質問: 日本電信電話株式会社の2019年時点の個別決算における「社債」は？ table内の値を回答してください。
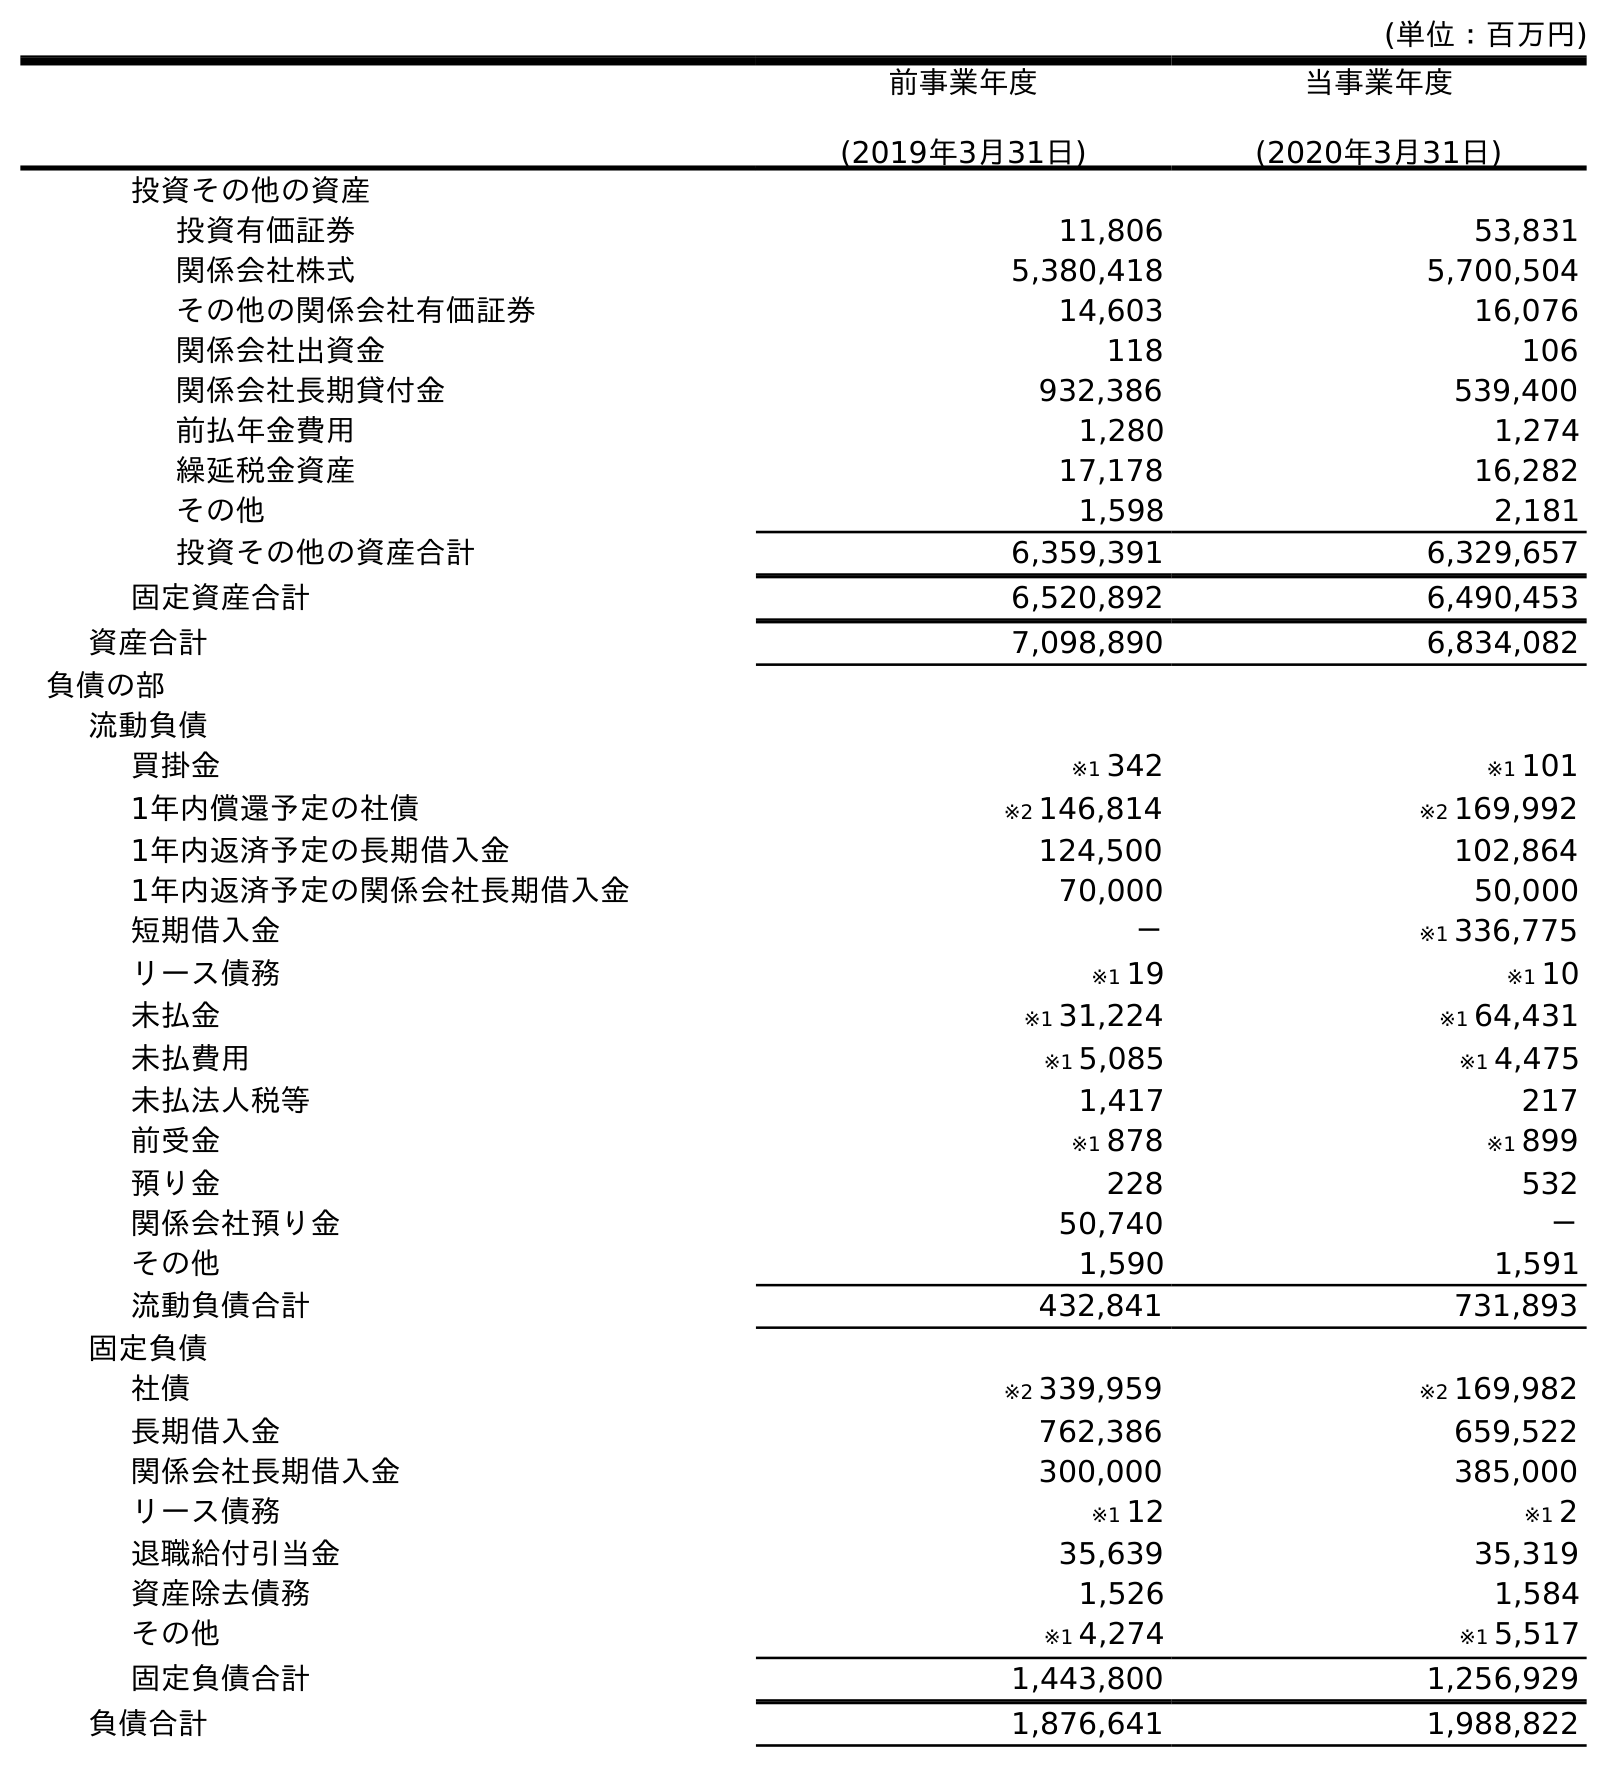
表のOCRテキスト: (単位：百万円) 前事業年度 (2019年3月31日) 当事業年度 (2020年3月31日) 投資その他の資産 投資有価証券 11,806 53,831 関係会社株式 5,380,418 5,700,504 その他の関係会社有価証券 14,603 16,076 関係会社出資金 118 106 関係会社長期貸付金 932,386 539,400 前払年金費用 1,280 1,274 繰延税金資産 17,178 16,282 その他 1,598 2,181 投資その他の資産合計 6,359,391 6,329,657 固定資産合計 6,520,892 6,490,453 資産合計 7,098,890 6,834,082 負債の部 流動負債 買掛金 ※1 342 ※1 101 1年内償還予定の社債 ※2 146,814 ※2 169,992 1年内返済予定の長期借入金 124,500 102,864 1年内返済予定の関係会社長期借入金 70,000 50,000 短期借入金 － ※1 336,775 リース債務 ※1 19 ※1 10 未払金 ※1 31,224 ※1 64,431 未払費用 ※1 5,085 ※1 4,475 未払法人税等 1,417 217 前受金 ※1 878 ※1 899 預り金 228 532 関係会社預り金 50,740 － その他 1,590 1,591 流動負債合計 432,841 731,893 固定負債 社債 ※2 339,959 ※2 169,982 長期借入金 762,386 659,522 関係会社長期借入金 300,000 385,000 リース債務 ※1 12 ※1 2 退職給付引当金 35,639 35,319 資産除去債務 1,526 1,584 その他 ※1 4,274 ※1 5,517 固定負債合計 1,443,800 1,256,929 負債合計 1,876,641 1,988,822
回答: ※2339,959